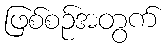
ဖြစ်စဉ်အတွက်